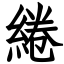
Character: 綣